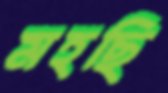
মহছি